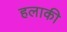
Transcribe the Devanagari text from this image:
हलाकी